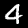
Label: 4